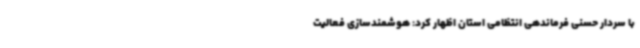
با سردار حسنی فرماندهی انتظامی استان اظهار کرد: هوشمندسازی فعالیت